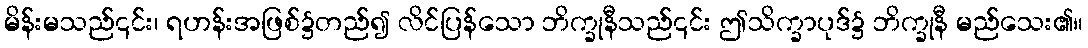
မိန်းမသည်၎င်း၊ ရဟန်းအဖြစ်၌တည်၍ လိင်ပြန်သော ဘိက္ခုနီသည်၎င်း ဤသိက္ခာပုဒ်၌ ဘိက္ခုနီ မည်သေး၏။